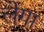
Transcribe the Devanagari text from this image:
लेंगा